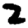
Digit: 2